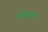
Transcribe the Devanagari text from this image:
स्कीमबोर्ड्स